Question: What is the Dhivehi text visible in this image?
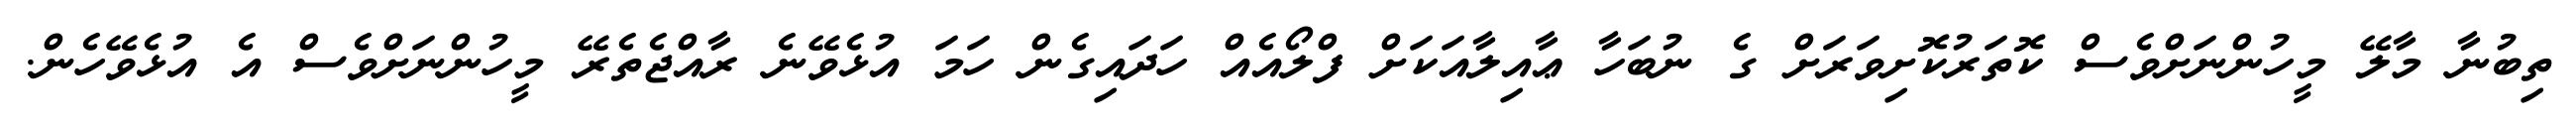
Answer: ތިބުނާ މާލޭ މީހުންނަށްވެސް ކޮތަރުކޮށިވަރަށް ގެ ނުބަހާ ޢާއިލާއަކަށް ފްލޯއެއް ހަދައިގެން ހަމަ އުޅެވޭނެ ރާއްޖެތެރޭ މީހުންނަށްވެސް އެ އުޅެވޭހެން.